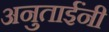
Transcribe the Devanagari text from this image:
अनुताईंनी